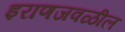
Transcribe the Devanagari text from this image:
इराणजवळील